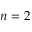
n = 2